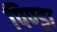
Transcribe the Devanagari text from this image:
पिण्‍ड्रा